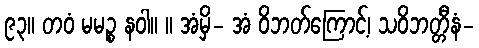
၉၃။ တဝံ မမဉ္စ နဝါ။ ။ အံမှိ- အံ ဝိဘတ်ကြောင့်၊ သဝိဘတ္တီနံ-